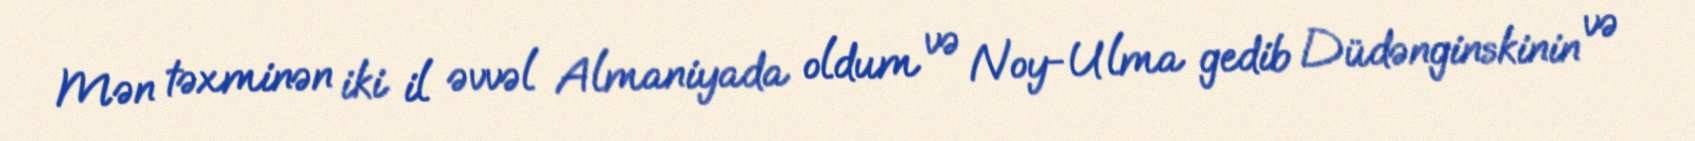
Mən təxminən iki il əvvəl Almaniyada oldum və Noy-Ulma gedib Düdənginskinin və